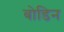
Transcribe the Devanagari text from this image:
बोडिन